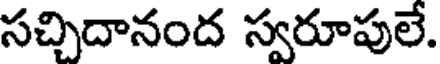
సచ్చిదానంద స్వరూపులే.